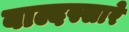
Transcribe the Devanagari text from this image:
बाल्दस्सारे